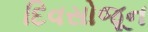
દિવસોજૂન